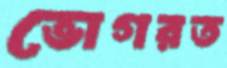
ভোগরত